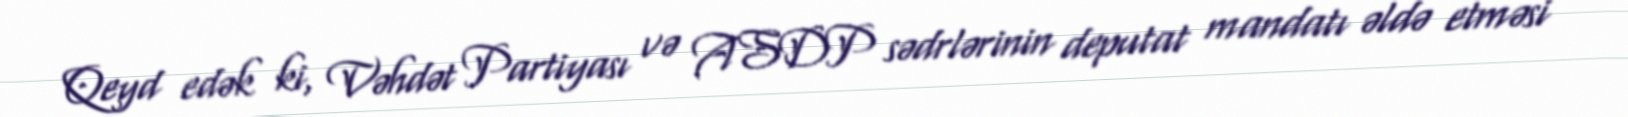
Qeyd edək ki, Vəhdət Partiyası və ASDP sədrlərinin deputat mandatı əldə etməsi